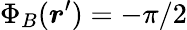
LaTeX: \Phi_{B}(\boldsymbol{r}^{\prime})=-\pi/2